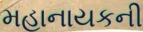
મહાનાયકની